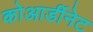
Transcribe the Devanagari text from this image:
कोआर्डीनेट